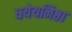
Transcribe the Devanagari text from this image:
धयेयनिष्ठा